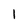
Character: 1